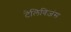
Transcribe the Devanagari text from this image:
टेलिविज़ंस